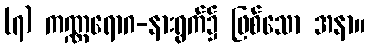
(၇) ကဏ္ဏရောဂ-နားရွက်၌ ဖြစ်သော အနာ။